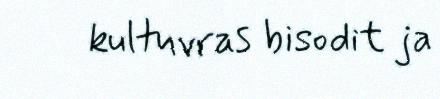
kultuvras bisodit ja